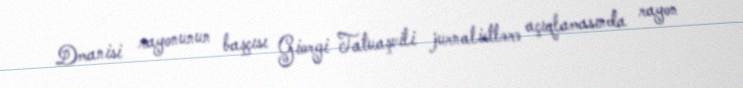
Dmanisi rayonunun başçısı Giorgi Tatuaşvili jurnalistlərə açıqlamasında rayon